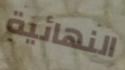
النهائية